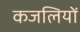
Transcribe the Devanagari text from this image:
कजलियों